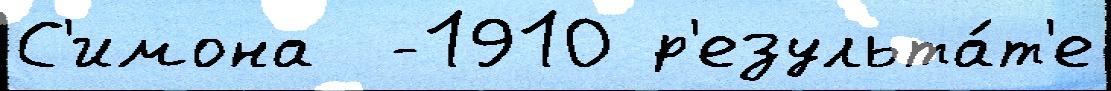
С'имона  -1910 р'езульта́т'е